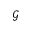
\mathscr { G }